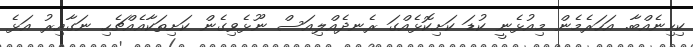
ކިހިނެއްބާ. އަހަރެމެން މިއުޅެނީ ކުޑަ ކަށިކޮޅެއްގަ ރެނދެއްލިއަސް ނޫޅެވިގެން ކަށިތަކާއެއްޗެހި ނަގާއިރު އަޅެ